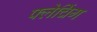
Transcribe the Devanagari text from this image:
फ्लेचिंग